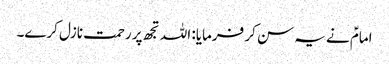
امامؑ نے یہ سن کر فرمایا: اللہ تجھ پر رحمت نازل کرے۔